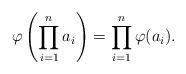
LaTeX: \begin{align*}\varphi\left(\prod_{i=1}^n a_i\right) = \prod_{i=1}^n \varphi(a_i).\end{align*}